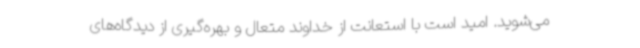
می‌شوید. امید است با استعانت از خداوند متعال و بهره‌گیری از دیدگاه‌های